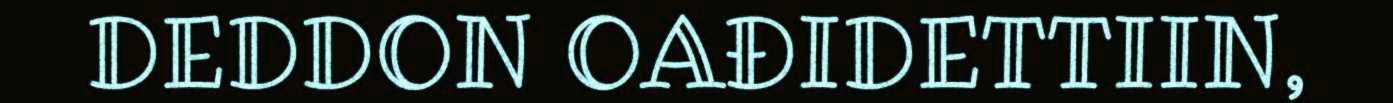
DEDDON OAĐIDETTIIN,